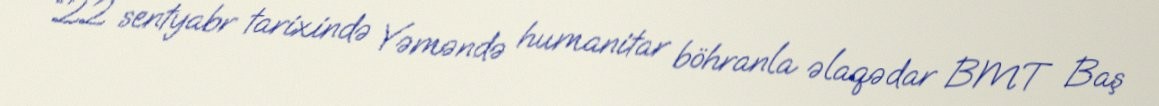
“22 sentyabr tarixində Yəməndə humanitar böhranla əlaqədar BMT Baş